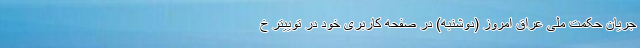
جریان حکمت ملی عراق امروز (دوشنبه) در صفحه کاربری خود در توییتر خ